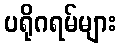
ပရိုဂရမ်များ